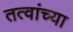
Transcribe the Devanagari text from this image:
तत्वांच्या